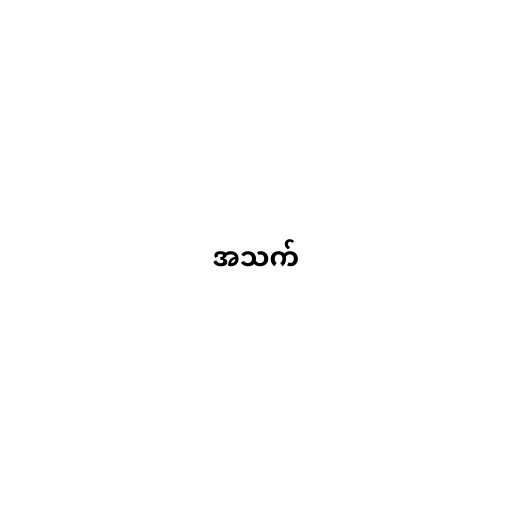
အသက်